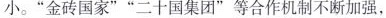
小。”金砖国家””二十国集团”等合作机制不断加强，